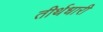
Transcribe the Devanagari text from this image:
तीर्थधारी